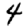
Digit: 4